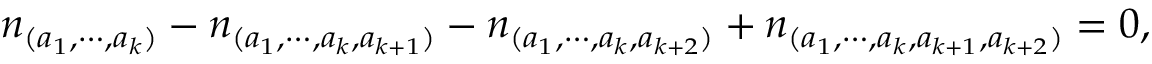
n _ { ( a _ { 1 } , \cdots , a _ { k } ) } - n _ { ( a _ { 1 } , \cdots , a _ { k } , a _ { k + 1 } ) } - n _ { ( a _ { 1 } , \cdots , a _ { k } , a _ { k + 2 } ) } + n _ { ( a _ { 1 } , \cdots , a _ { k } , a _ { k + 1 } , a _ { k + 2 } ) } = 0 ,